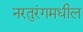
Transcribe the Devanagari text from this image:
नरतुरंगमधील